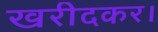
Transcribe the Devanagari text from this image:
खरीदकर।